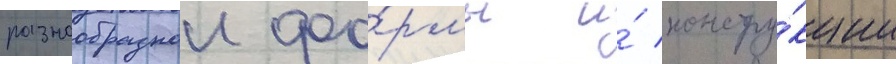
разнообразнои фо́рмы и́ констру́кции